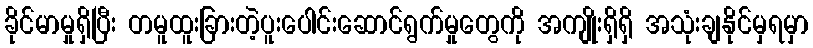
ခိုင်မာမှုရှိပြီး တမူထူးခြားတဲ့ပူးပေါင်းဆောင်ရွက်မှုတွေကို အကျိုးရှိရှိ အသုံးချနိုင်မှရမှာ